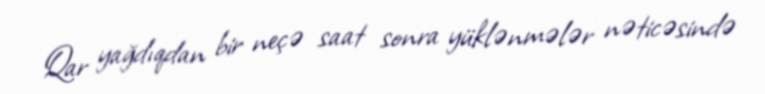
Qar yağdıqdan bir neçə saat sonra yüklənmələr nəticəsində